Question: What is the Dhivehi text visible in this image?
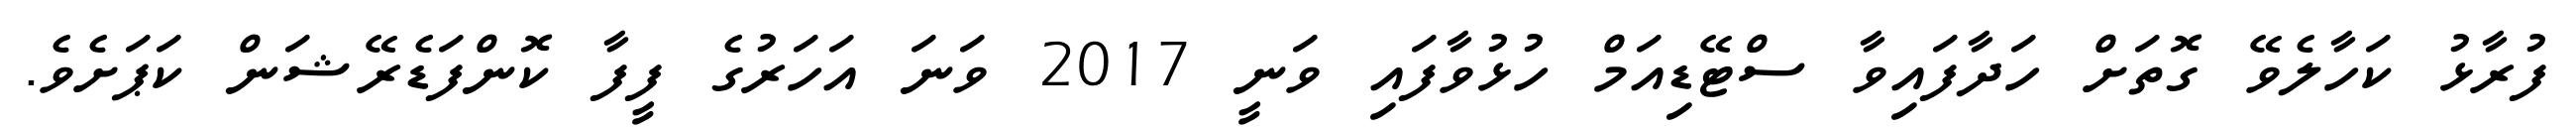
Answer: ފުރާޅު ކަހާލެވޭ ގޮތަށް ހަދާފައިވާ ސްޓޭޑިއަމް ހުޅުވާފައި ވަނީ 2017 ވަނަ އަހަރުގެ ފީފާ ކޮންފަޑެރޭޝަން ކަޕަށެވެ.